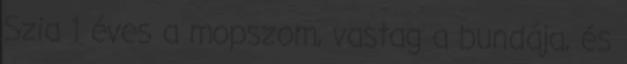
Szia 1 éves a mopszom, vastag a bundája, és